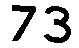
73